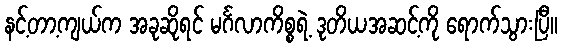
နင့်တာ့ကျယ်က အခုဆိုရင် မင်္ဂလာကိစ္စရဲ့ ဒုတိယအဆင့်ကို ရောက်သွားပြီ။